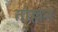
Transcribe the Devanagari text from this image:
तोल्लन